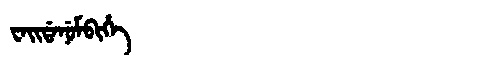
Manchu: ᠸᠠᡳᡩᠠᠨᡠᠮᠪᡳᡥᡝ
Romanization: WAIDANUMBIHE